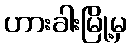
ဟားခါးမြို့မှ